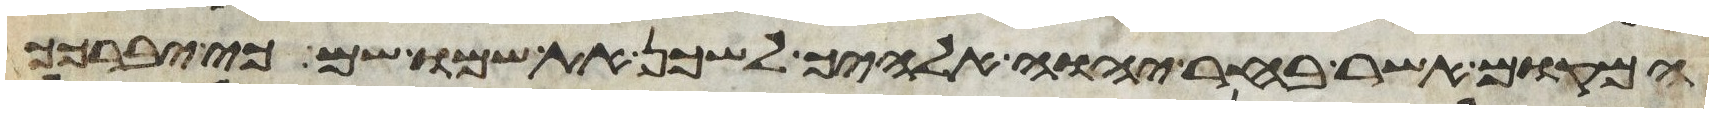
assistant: המקום אשר בחר יהוה אלהיך לשכן את שמו שם כי יברכך